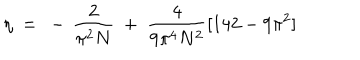
\eta ~ = ~ - \, \frac { 2 } { \pi ^ { 2 } N } ~ + ~ \frac { 4 } { 9 \pi ^ { 4 } N ^ { 2 } } [ 1 4 2 - 9 \pi ^ { 2 } ]